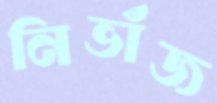
নিভাঁজ